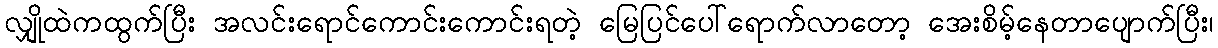
လျှိုထဲကထွက်ပြီး အလင်းရောင်ကောင်းကောင်းရတဲ့ မြေပြင်ပေါ်ရောက်လာတော့ အေးစိမ့်နေတာပျောက်ပြီး၊